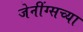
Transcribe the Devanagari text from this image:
जेनींग्सच्या